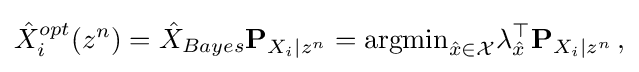
{\begin{aligned}{\hat {X}}_{i}^{opt}(z^{n})={\hat {X}}_{Bayes}\mathbf {P} _{X_{i}|z^{n}}={\text{argmin}}_{{\hat {x}}\in {\mathcal {X}}}\lambda _{\hat {x}}^{\top }\mathbf {P} _{X_{i}|z^{n}}\,,\end{aligned}}